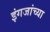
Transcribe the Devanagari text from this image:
इंगजांच्या